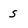
Character: s